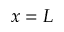
x = L